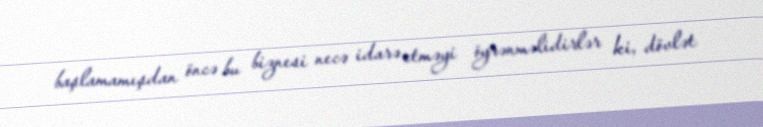
başlamamışdan öncə bu biznesi necə idarə etməyi öyrənməlidirlər ki, dövlət